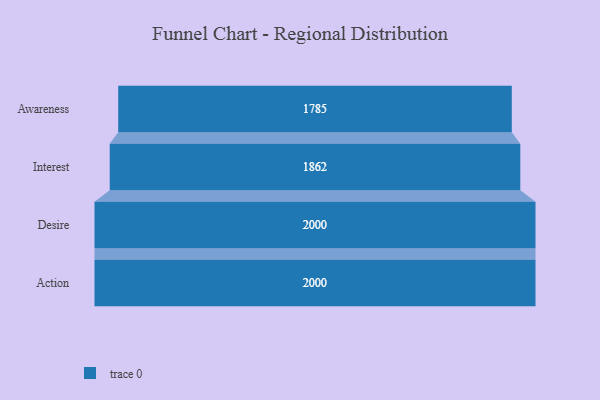
{"axis": {"x": "Stage", "y": "Value"}, "legend": [""], "data": [{"x": "Awareness", "y": 1785.0, "type": ""}, {"x": "Interest", "y": 1862.0, "type": ""}, {"x": "Desire", "y": 2000, "type": ""}, {"x": "Action", "y": 2000, "type": ""}]}